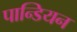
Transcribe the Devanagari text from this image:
पान्डियन